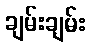
ချမ်းချမ်း